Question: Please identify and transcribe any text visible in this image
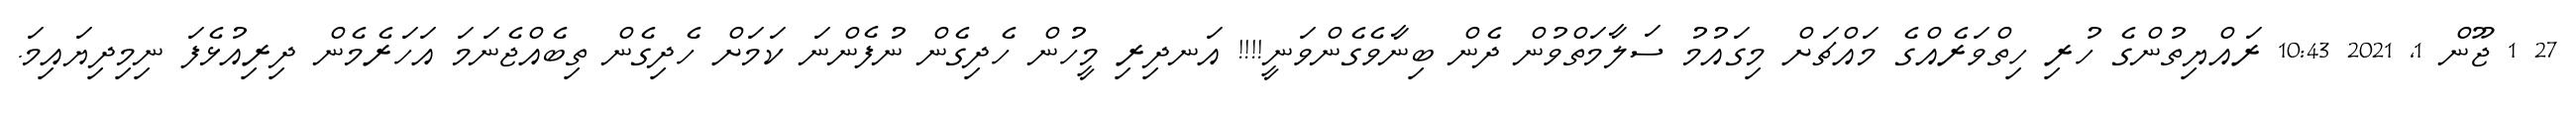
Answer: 27 1 ޖޫން 1, 2021 10:43 ރައްޔިތުންގެ ހުރި ހިތްވަރެއްގެ މައްޗަށް މިގައުމު ސަލާމަތްވުން ދެން ބިނާވެގެންވަނީ!!!! އަނދިރި މީހުން ހެދިގެން ނުފެންނަ ކަމަށް ހެދިގެން ތިބެއްޖެނަމަ އަހަރެމެން ދިރިއުޅެފަ ނިމިދިޔައިމަ.